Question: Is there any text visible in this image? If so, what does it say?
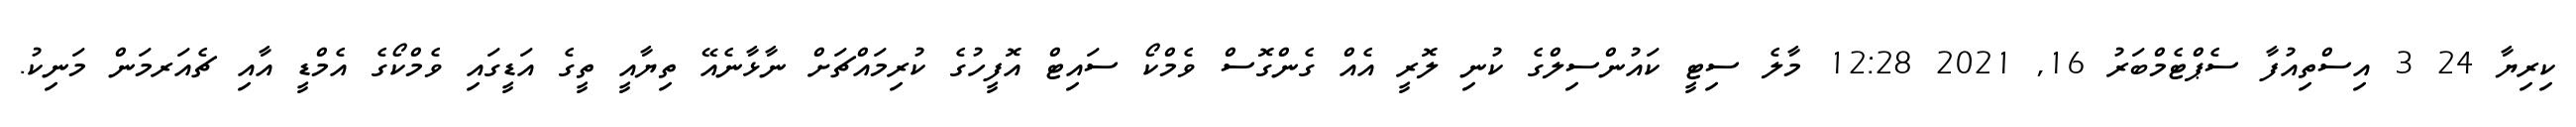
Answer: ކިރިޔާ 24 3 އިސްތިއުފާ ސެޕްޓެމްބަރު 16, 2021 12:28 މާލެ ސިޓީ ކައުންސިލްގެ ކުނި ލޮރީ އެއް ގެންގޮސް ވެމްކޯ ސައިޓް އޮފީހުގެ ކުރިމައްޗަށް ނާޅާނެއޭ ތިޔާއީ ތީގެ އަޑީގައި ވެމްކޯގެ އެމްޑީ އާއި ޗެއަރމަން މަނިކު.